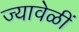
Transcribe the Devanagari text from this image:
ज्यावेळीं